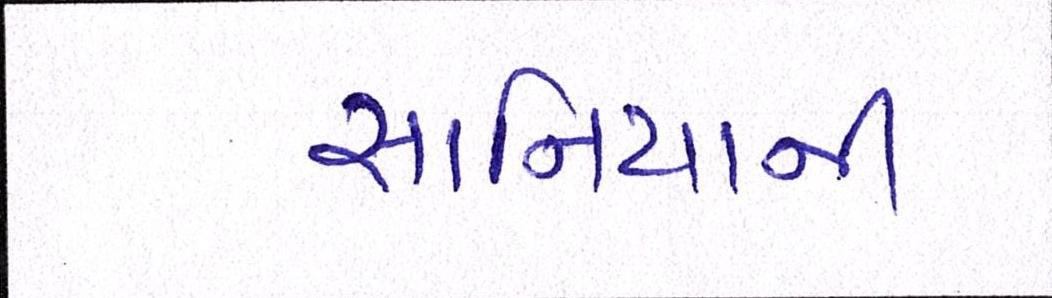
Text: સાનિયાની